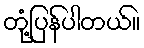
တုံ့ပြန်ပါတယ်။